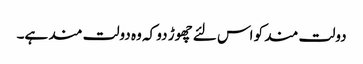
دولت مند کو اس لئے چھوڑ دو کہ وہ دولت مند ہے۔